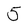
Character: 5